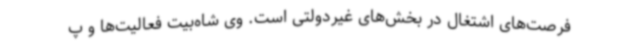
فرصت‌های اشتغال در بخش‌های غیردولتی است. وی شاه‌بیت فعالیت‌ها و پ